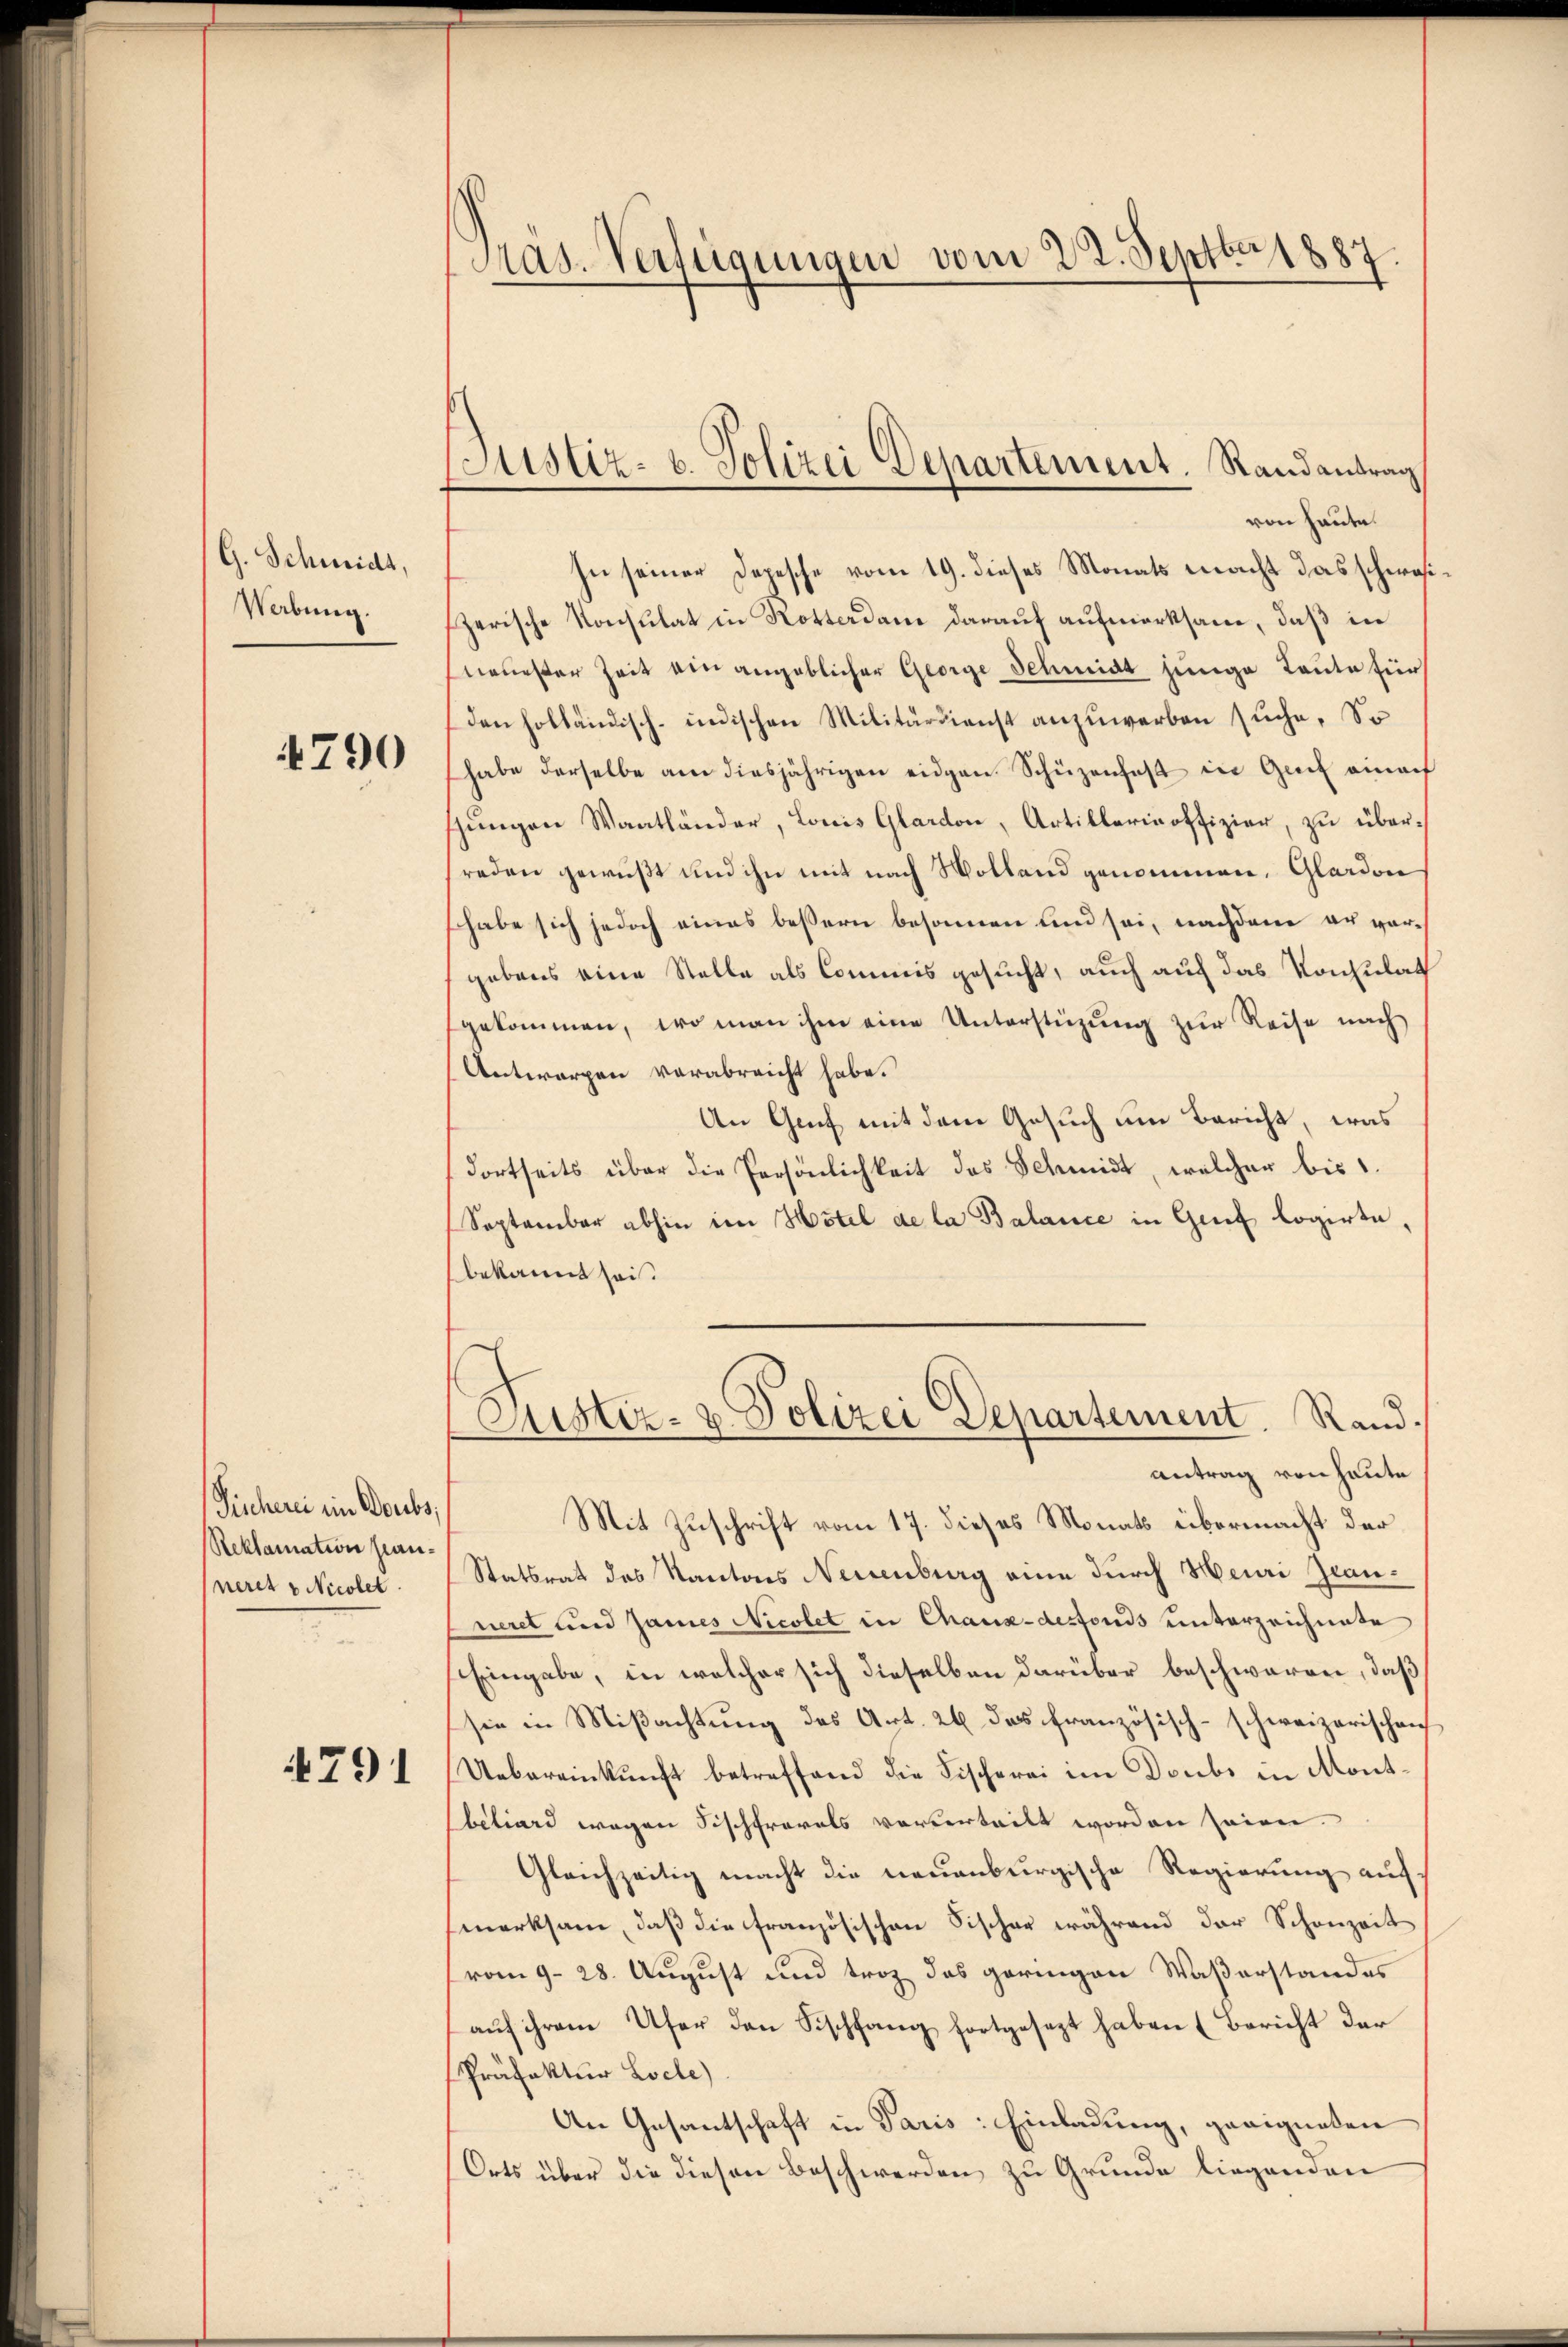
G. Schmidt,
Webung.

4790

Fischerei ein Doubs,
Reklamation franneret v. Nicolet.

4791

Pras. Verfügungen vom 22. Septber 1887.

Justiz- u. Polizei Departement. Randantrag

von heute.
In seiner Depesche vom 19. dieses Monats macht das schwasizerische Konsulat in Rotterdam darauf aufmerksam, daß in
neuester Zeit ein angeblicher George Schmidt jünge Laute für
den holländisch-indischen Militärdienst anzuwerben suche. So
habe derselbe am diesjährigen eidgen Schüzenhaft in Genf ainach
Jungen Waatländer, Louis Glardon, Artillaricoffizier, zu überreden gewußt und ihn mit nach Wolland genommen. Glardon
habe sich jedoch eines bessern besonnen und sei, nachdem er vorgebens eine Stelle als Commis gesucht, auch auf das Konsulat
gekommen, wo man ihm eine Unterstüzung zur Reise nach
Antworgen verabreicht habe.
An Genf mit dem Gesuch um Bericht, was
dortseits über die Persönlichkeit des Schmidt, welcher bis
September abhin im Hotel de la Balance in Genf logirte,
bekannt sei.
Justiz- & Polizei Departement, Rand.
antrag von heute
Mit Zuschrift vom 17. dieses Monats übermacht der
Statsrat des Kantons Neuenburg eine durch Heuri Jeanneret und James Nicolet in Chaux-desfonds unterzeichnete
Eingabe, in welcher sich dieselben darüber beschwaren, daß
sie in Mißachtung des Art. 26 des französisch-schweizerischen
Uebereinkunft betreffend die Fischerei im Doubs in Montbiliard wegen Fischfrorels vorderteilt worden seien.
Gleichzeitig macht die neuenburgische Regierung aufmerksam, daß die französischen Fischer während der Schonzeit
vom 9. 28. August und trotz des geringen Waßerstandes
aŭf ihrem Ufer den Fischfang fortgesezt haben (Bericht der
Präfektur Locle)
An Gesantschaft in Paris: Einladung, geeigneten
Orts über die diesen Beschwerden zu Grunde liegenden